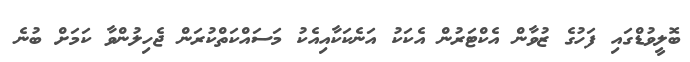
ބޮލީވުޑްގައި ފަހުގެ ޒުވާން އެކްޓަރުން އެކަކު އަނެކަކާއިއެކު މަސައްކަތްކުރަން ޖެހިލުންވާ ކަމަށް ބުނެ